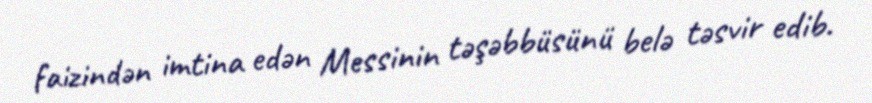
faizindən imtina edən Messinin təşəbbüsünü belə təsvir edib.